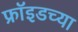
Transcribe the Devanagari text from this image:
फ्राॅइडच्या